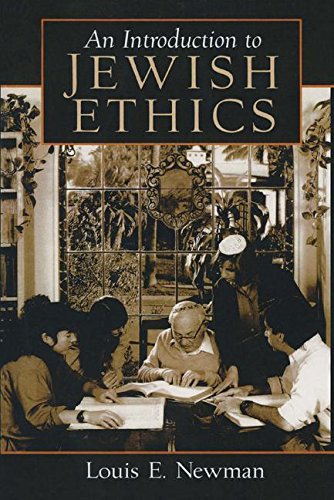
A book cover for Introduction to Jewish Ethics; Louis Newman; Religion & Spirituality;